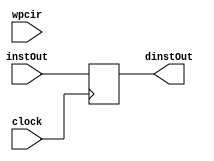
module ifid_pipeline_register(
    input wpcir,
    input [31:0] instOut,
    input clock,
    output reg[31:0] dinstOut
    );
    
    always @ (posedge clock) begin
        dinstOut <= instOut;
    end
endmodule